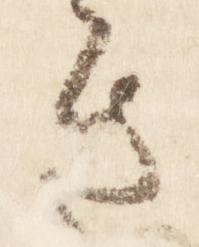
き